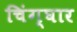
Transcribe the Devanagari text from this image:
चिंग्घार